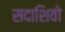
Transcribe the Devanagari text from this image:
सदाशिवो